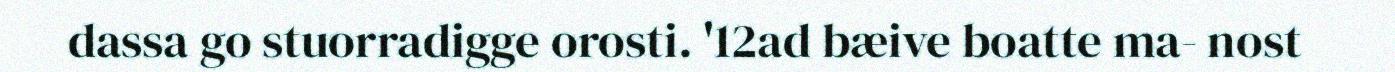
dassa go stuorradigge orosti. '12ad bæive boatte ma- nost